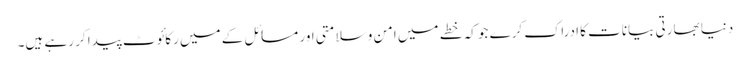
دنیا بھارتی بیانات کا ادراک کرے جو کہ خطے میں امن و سلامتی اور مسائل کے میں رکائوٹ پیدا کر رہے ہیں۔